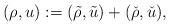
LaTeX: \begin{align*}(\rho, u) : =(\tilde \rho, \tilde u) + (\check \rho, \check u),\end{align*}